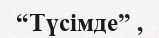
“Түсімде” ,